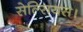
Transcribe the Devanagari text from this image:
सेल्सियस।